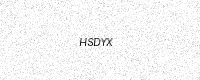
Text: HSDYX